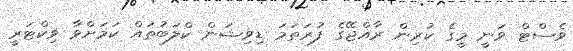
ވެސްޓް ވަނީ މީގެ ކުރިން ރާއްޖޭގެ ފުރަތަމަ ޑިވިޝަން ކްލަބުތައް ކަމަށްވާ ވިކްޓަރީ